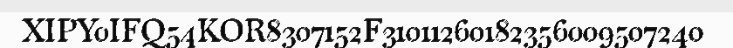
XIPY0IFQ54KOR8307152F31011260182356009507240